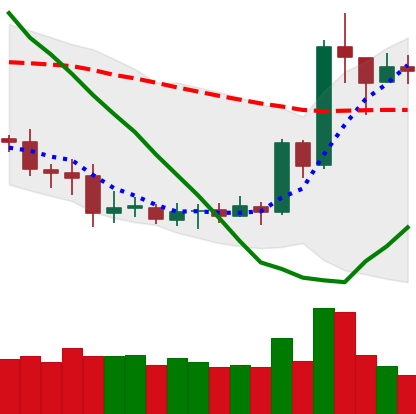
Ticker: XRP-USD
Chart end date: 2020-07-12
Forward return: -3.12%
Label: down_3_5